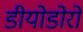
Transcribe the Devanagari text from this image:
डीयोडोरो